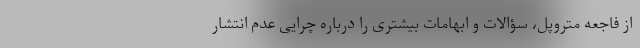
از فاجعه متروپل، سؤالات و ابهامات بیشتری را درباره چرایی عدم انتشار